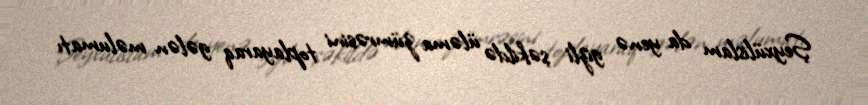
Şeyxülislam da yenə gizli şəkildə üləma zümrəsini toplayaraq gələn məlumatı